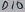
Text: D10